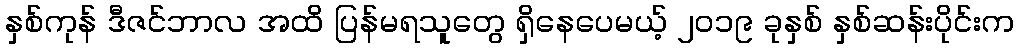
နှစ်ကုန် ဒီဇင်ဘာလ အထိ ပြန်မရသူတွေ ရှိနေပေမယ့် ၂၀၁၉ ခုနှစ် နှစ်ဆန်းပိုင်းက